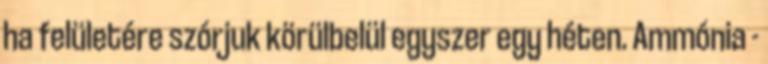
ha felületére szórjuk körülbelül egyszer egy héten. Ammónia -